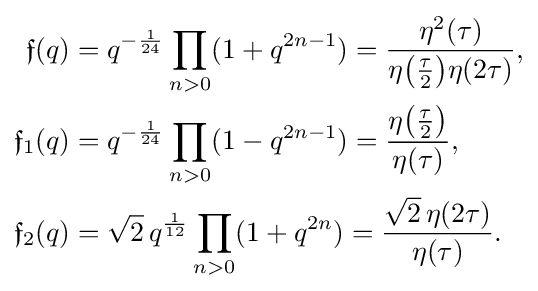
{\begin{aligned}{\mathfrak {f}}(q)&=q^{-{\frac {1}{24}}}\prod _{n>0}(1+q^{2n-1})={\frac {\eta ^{2}(\tau )}{\eta {\big (}{\tfrac {\tau }{2}}{\big )}\eta (2\tau )}},\\{\mathfrak {f}}_{1}(q)&=q^{-{\frac {1}{24}}}\prod _{n>0}(1-q^{2n-1})={\frac {\eta {\big (}{\tfrac {\tau }{2}}{\big )}}{\eta (\tau )}},\\{\mathfrak {f}}_{2}(q)&={\sqrt {2}}\,q^{\frac {1}{12}}\prod _{n>0}(1+q^{2n})={\frac {{\sqrt {2}}\,\eta (2\tau )}{\eta (\tau )}}.\end{aligned}}